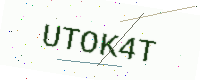
Text: UTOK4T